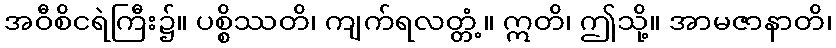
အဝီစိငရဲကြီး၌။ ပစ္စိဿတိ၊ ကျက်ရလတ္တံ့။ ဣတိ၊ ဤသို့။ အာမဇာနာတိ၊